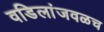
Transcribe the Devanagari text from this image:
वडिलांजवळच